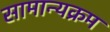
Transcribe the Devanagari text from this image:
सामान्यक्रम